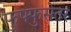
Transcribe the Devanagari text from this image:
फुफ्फुसेतर